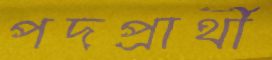
পদপ্রার্থী